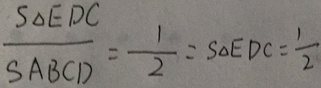
\frac { S _ { \Delta } E D C } { S A B C D } = \frac { 1 } { 2 } = S _ { \Delta } E D C = \frac { 1 } { 2 }